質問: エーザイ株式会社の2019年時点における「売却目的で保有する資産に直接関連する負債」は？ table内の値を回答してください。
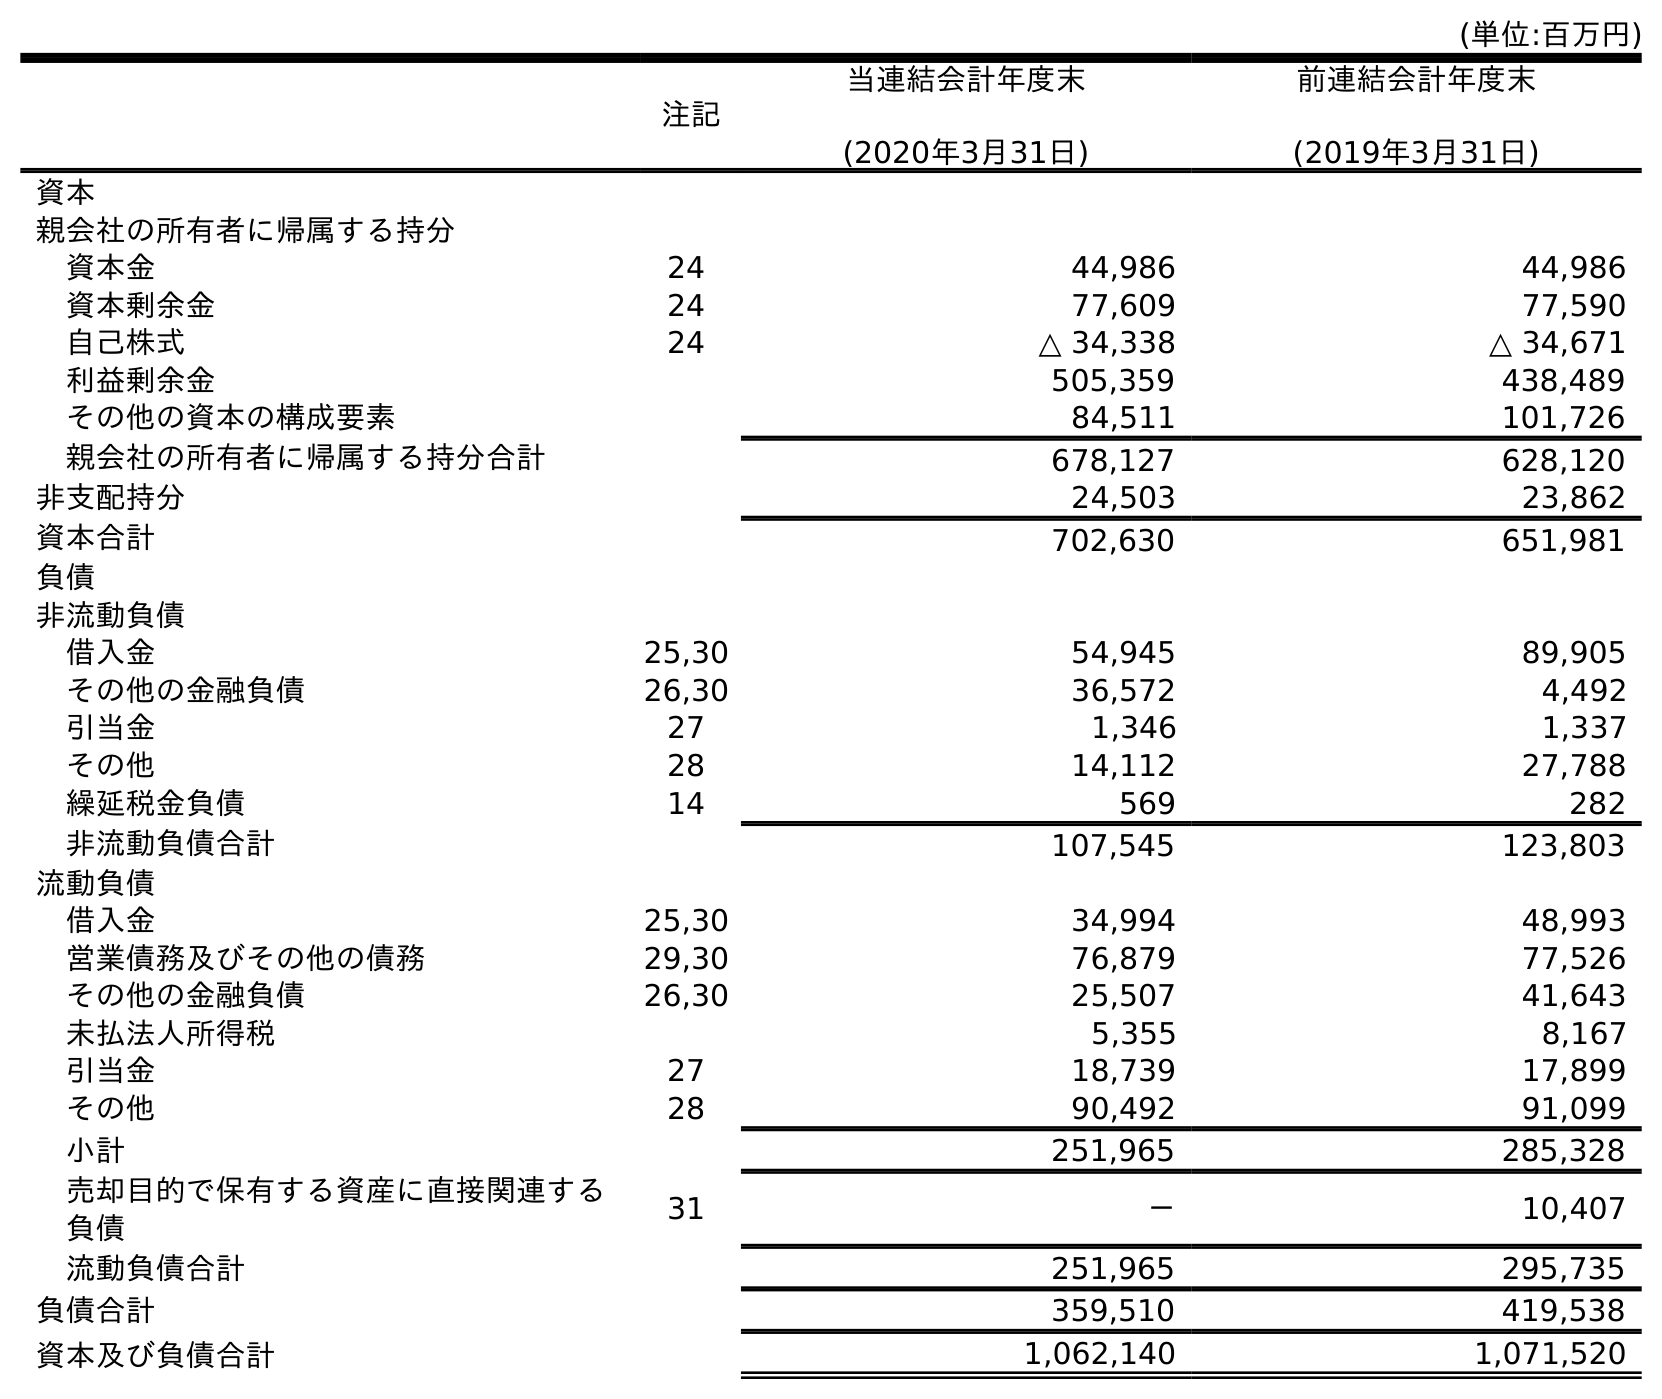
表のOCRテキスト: (単位:百万円) 注記 当連結会計年度末 (2020年3月31日) 前連結会計年度末 (2019年3月31日) 資本 親会社の所有者に帰属する持分 資本金 24 44,986 44,986 資本剰余金 24 77,609 77,590 自己株式 24 △ 34,338 △ 34,671 利益剰余金 505,359 438,489 その他の資本の構成要素 84,511 101,726 親会社の所有者に帰属する持分合計 678,127 628,120 非支配持分 24,503 23,862 資本合計 702,630 651,981 負債 非流動負債 借入金 25,30 54,945 89,905 その他の金融負債 26,30 36,572 4,492 引当金 27 1,346 1,337 その他 28 14,112 27,788 繰延税金負債 14 569 282 非流動負債合計 107,545 123,803 流動負債 借入金 25,30 34,994 48,993 営業債務及びその他の債務 29,30 76,879 77,526 その他の金融負債 26,30 25,507 41,643 未払法人所得税 5,355 8,167 引当金 27 18,739 17,899 その他 28 90,492 91,099 小計 251,965 285,328 売却目的で保有する資産に直接関連する 負債 31 － 10,407 流動負債合計 251,965 295,735 負債合計 359,510 419,538 資本及び負債合計 1,062,140 1,071,520
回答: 10,407